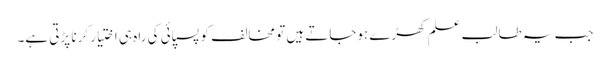
جب یہ طالب علم کھڑے ہوجاتے ہیں تو مخالف کو پسپائی کی راہ ہی اختیار کرنا پڑتی ہے۔